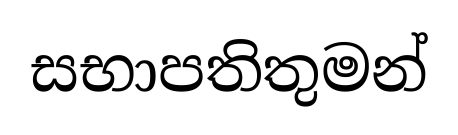
සභාපතිතුමන්